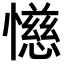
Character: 𫻌